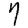
Digit: 7